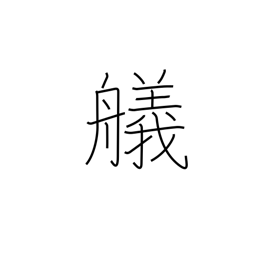
Meaning: landing a boat